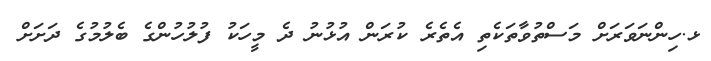
ޅ.ހިންނަވަރަށް މަސްތުވާތަކެތި އެތެރެ ކުރަން އުޅުނު ދެ މީހަކު ފުލުހުންގެ ބެލުމުގެ ދަށަށް